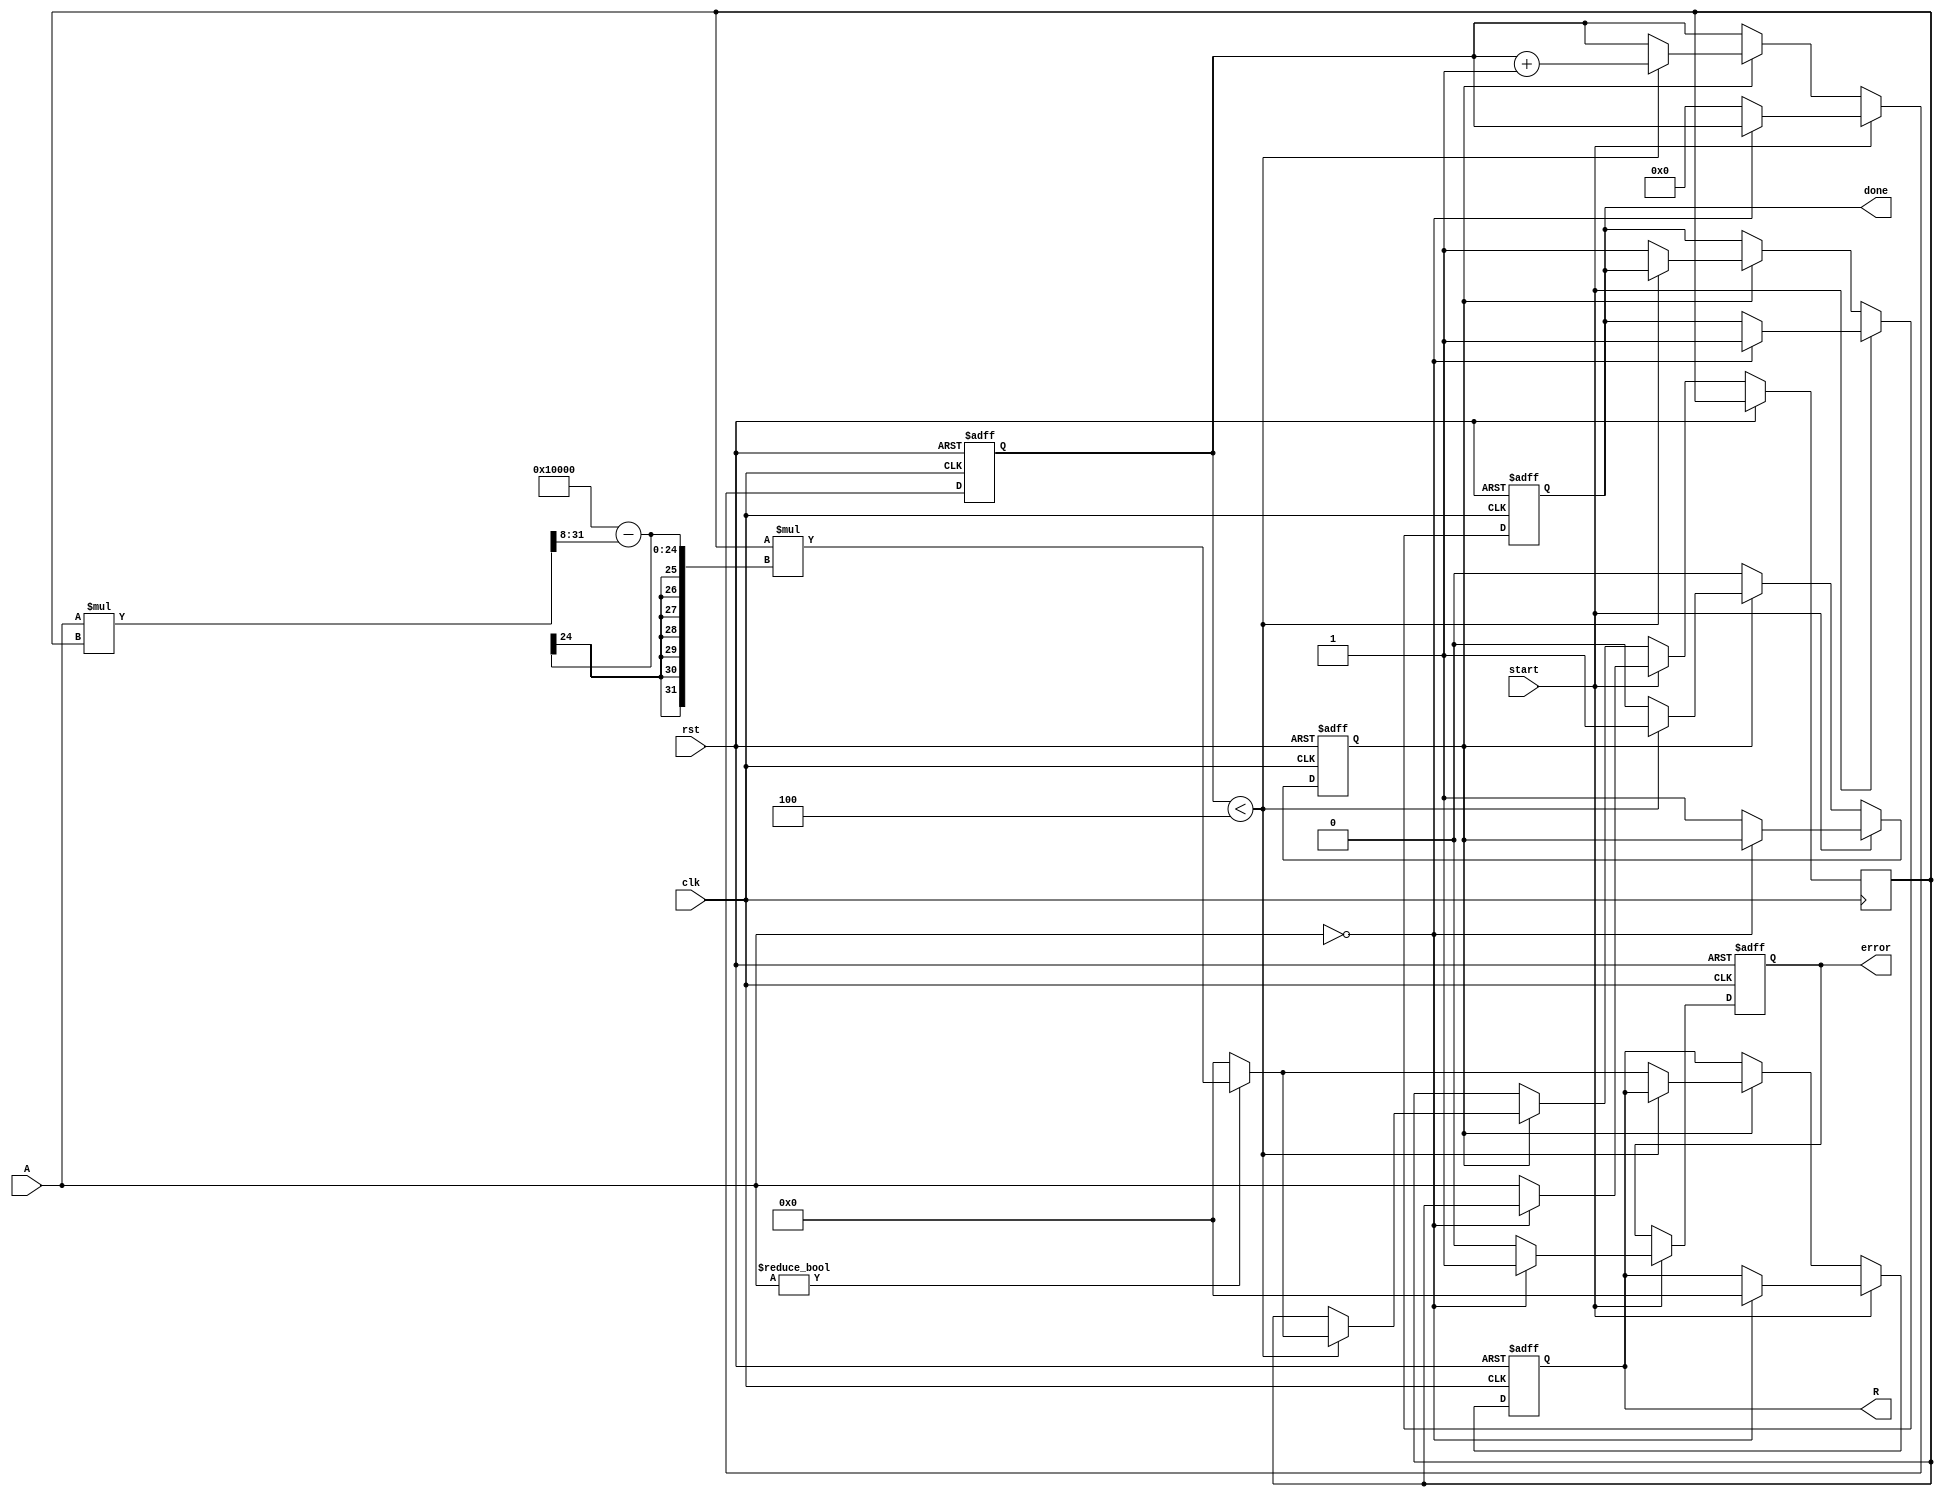
module BinaryFractionalReciprocal #(
    parameter BIT_WIDTH = 16,
    parameter ITERATIONS = 4 // Number of iterations for Newton-Raphson
)(
    input wire clk,
    input wire rst,
    input wire start,
    input wire [BIT_WIDTH-1:0] A,
    output reg [BIT_WIDTH-1:0] R,
    output reg done,
    output reg error
);

    // Internal signals
    reg [BIT_WIDTH-1:0] x; // Current estimate of the reciprocal
    reg [BIT_WIDTH-1:0] x_next; // Next estimate of the reciprocal
    reg [3:0] iteration_count; // Iteration counter
    reg calculating; // State to track if we are calculating

    // Initialize outputs
    initial begin
        R = 0;
        done = 0;
        error = 0;
        calculating = 0;
        iteration_count = 0;
    end

    // Newton-Raphson update: x_next = x * (2 - A * x)
    always @* begin
        if (A != 0) begin
            x_next = x * (2**BIT_WIDTH - (A * x >> (BIT_WIDTH / 2)));
        end else begin
            x_next = 0; // Default to zero if A is zero
        end
    end

    // Main process
    always @(posedge clk or posedge rst) begin
        if (rst) begin
            R <= 0;
            done <= 0;
            error <= 0;
            iteration_count <= 0;
            calculating <= 0;
        end else begin
            if (start) begin
                if (A == 0) begin
                    error <= 1; // Set error if input is zero
                    R <= 0;
                    done <= 1;
                end else begin
                    x <= A; // Initial guess
                    iteration_count <= 0;
                    calculating <= 1;
                    error <= 0;
                end
            end else if (calculating) begin
                if (iteration_count < ITERATIONS) begin
                    x <= x_next; // Update estimate
                    iteration_count <= iteration_count + 1;
                end else begin
                    R <= x_next; // Final result after iterations
                    done <= 1; // Set done signal
                    calculating <= 0; // Stop calculation
                end
            end
        end
    end

endmodule